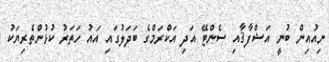
ނިއުއިން ބުނީ އަޝްފާޤާއި ސެންޓޭ އަދި އަކްރަމްގެ ބަދަލުގައި އައު ހަތަރު ކުޅުންތެރިޔަކު